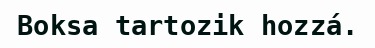
Boksa tartozik hozzá.